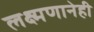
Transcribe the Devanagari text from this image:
लक्ष्मणानेही